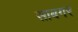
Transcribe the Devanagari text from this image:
साबगर